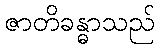
ဇာတိခန္ဓာသည်